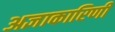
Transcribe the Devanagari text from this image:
अज्ञाकारिणी